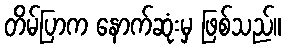
တိမ်ပြာက နောက်ဆုံးမှ ဖြစ်သည်။